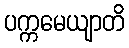
ပက္ကမေယျာတိ